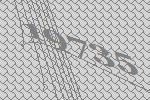
19735